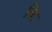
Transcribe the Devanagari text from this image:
बिंट